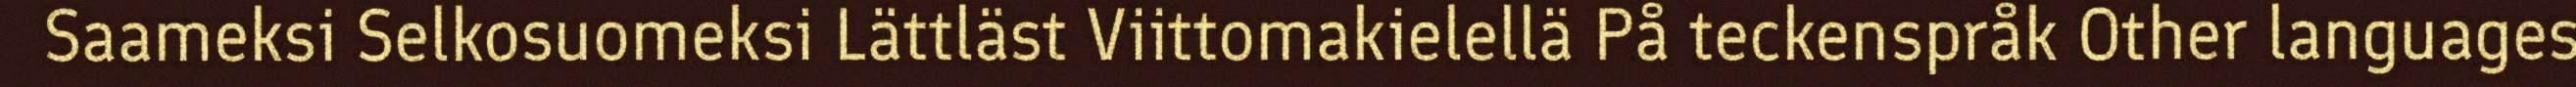
Saameksi Selkosuomeksi Lättläst Viittomakielellä På teckenspråk Other languages